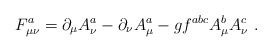
\begin{align*}F_{\mu \nu}^a = \partial_{\mu} A^a_{\nu} - \partial_{\nu} A^a_{\mu}- g f^{abc} A_{\mu}^b A_{\nu}^c \ .\end{align*}